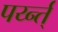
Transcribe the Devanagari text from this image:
पर्य्न्त्